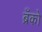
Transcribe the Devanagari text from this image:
ब्रँको